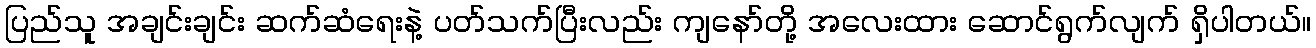
ပြည်သူ အချင်းချင်း ဆက်ဆံရေးနဲ့ ပတ်သက်ပြီးလည်း ကျနော်တို့ အလေးထား ဆောင်ရွက်လျက် ရှိပါတယ်။